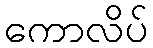
ကောလိပ်